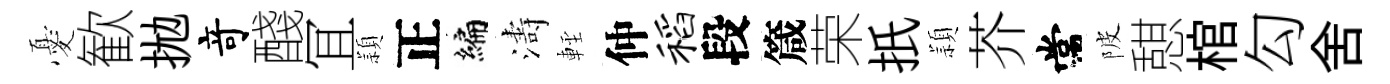
憂歓拋竒醆冝頴正编濤䡖仲稻段箴荣扺頴芥常陂憇棺勾舍